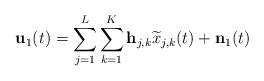
LaTeX: \begin{align*}\textbf{u}_{1}(t) = \sum_{j=1}^{L}\sum_{k=1}^{K} \textbf{h}_{j,k} \widetilde{x}_{j,k}(t) + \textbf{n}_1(t)\end{align*}